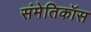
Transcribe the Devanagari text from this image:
संमेतिकॉस